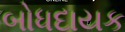
બોધદાયક